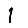
Digit: 1